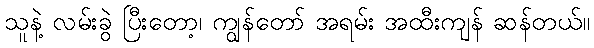
သူနဲ့ လမ်းခွဲ ပြီးတော့၊ ကျွန်တော် အရမ်း အထီးကျန် ဆန်တယ်။